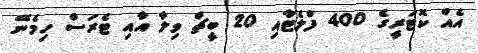
އެއް ކޮޓަރީގެ 400 ފްލެޓާއި 20 ބީޗް ވިލާ އާއި ޓެރަސް ހިމެނޭ